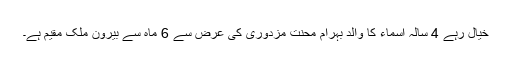
خیال رہے 4 سالہ اسماء کا والد بہرام محنت مزدوری کی عرض سے 6 ماہ سے بیرون ملک مقیم ہے۔